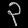
Digit: ၃